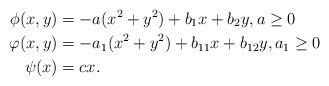
LaTeX: \begin{align*}\phi (x,y) &= -a (x^2 +y^2) +b_1 x +b_2 y, a\geq 0 \\ \varphi (x,y) & = -a_1 (x^2 +y^2) +b_{11} x +b_{12} y, a_1 \geq 0 \\\psi (x) & = cx.\end{align*}